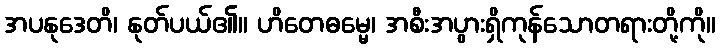
အပနုဒေတိ၊ နုတ်ပယ်၏။ ဟိတေဓမ္မေ၊ အစီးအပွားရှိကုန်သောတရားတို့ကို။